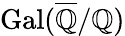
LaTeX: \operatorname{Gal}({\overline{{\mathbb{Q}}}}/\mathbb{Q})